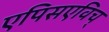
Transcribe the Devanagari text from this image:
एपिसएविच्